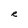
Character: R